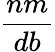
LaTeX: \frac{nm}{db}